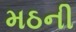
મઠની